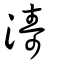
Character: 濤